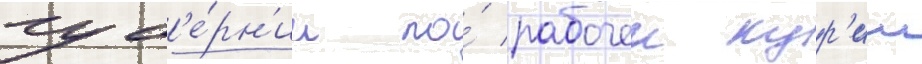
губ'е́рн'ии по́ рабочеи кур'ии